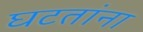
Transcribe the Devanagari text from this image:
घटतांना